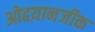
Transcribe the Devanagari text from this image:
ओढय़ानजीक